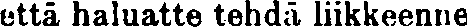
että haluatte tehdä liikkeenne